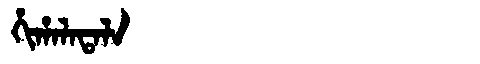
Manchu: ᡥᡳᡥᠠᠯᠠᡨᠠᠯᠠ
Romanization: HIHALATALA